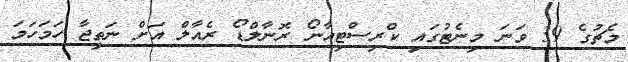
މެޗުގެ 39 ވަނަ މިނެޓުގައި ކްރިސްޓިއާނޯ ރޮނާލްޑޯ ރެއާލް އަށް ނަތީޖާ ހަމަހަމަ